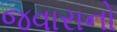
જવારાનો